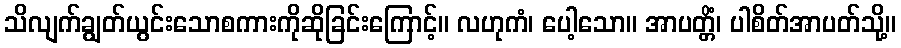
သိလျက်ချွတ်ယွင်းသောစကားကိုဆိုခြင်းကြောင့်။ လဟုကံ၊ ပေါ့သော။ အာပတ္တိံ၊ ပါစိတ်အာပတ်သို့။